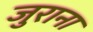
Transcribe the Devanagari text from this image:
जुराना